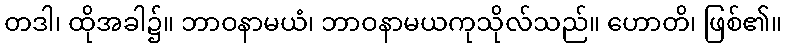
တဒါ၊ ထိုအခါ၌။ ဘာဝနာမယံ၊ ဘာဝနာမယကုသိုလ်သည်။ ဟောတိ၊ ဖြစ်၏။